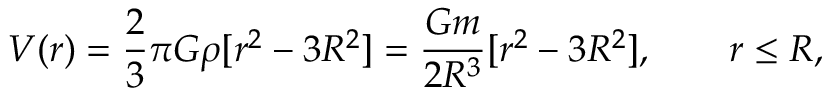
V ( r ) = { \frac { 2 } { 3 } } \pi G \rho [ r ^ { 2 } - 3 R ^ { 2 } ] = { \frac { G m } { 2 R ^ { 3 } } } [ r ^ { 2 } - 3 R ^ { 2 } ] , \qquad r \leq R ,